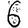
Digit: 6